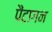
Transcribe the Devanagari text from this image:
पैंटागन